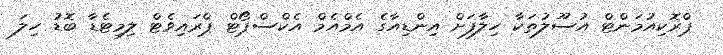
ޕްރޮކިއުމަންޓް އުސޫލުތަކާ ހިލާފަށް އިންޑިއާގެ އެމްއެމް އެކްސްޕޯޓް ޕްރައިވެޓް ލިމިޓެޑާ ބޮޑު ހިލަ